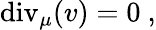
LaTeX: \mathrm{div}_{\mu}(v)=0\ ,